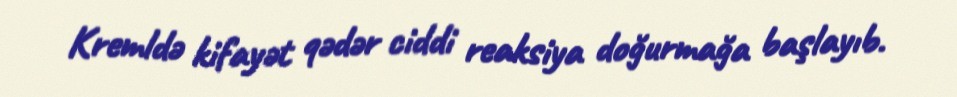
Kremldə kifayət qədər ciddi reaksiya doğurmağa başlayıb.